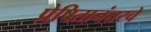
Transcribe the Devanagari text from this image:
प्रेषितानंतरचे